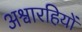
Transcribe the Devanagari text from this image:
अश्वारहियों